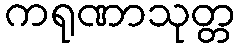
ကရုဏာသုတ္တ